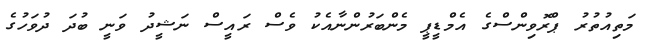
މަތިއުތުރު ޕްރޮވިންސްގެ އެމްޑީޕީ މެންބަރުންނާއެކު ވެސް ރައީސް ނަޝީދު ވަނީ ބުދަ ދުވަހުގެ